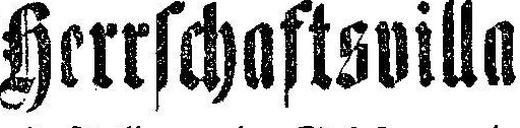
Herrschaftsvilla